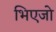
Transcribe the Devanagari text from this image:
भिएजो